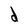
Character: d